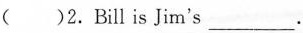
( )2.Bill is Jim's ___.